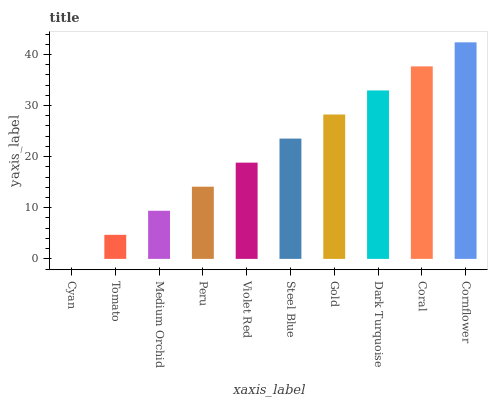
| xaxis_label | bars |
 | --- | --- |
 | Cyan | 0 |
 | Tomato | 4.71 |
 | Medium Orchid | 9.42 |
 | Peru | 14.1 |
 | Violet Red | 18.8 |
 | Steel Blue | 23.5 |
 | Gold | 28.2 |
 | Dark Turquoise | 33 |
 | Coral | 37.7 |
 | Cornflower | 42.4 |